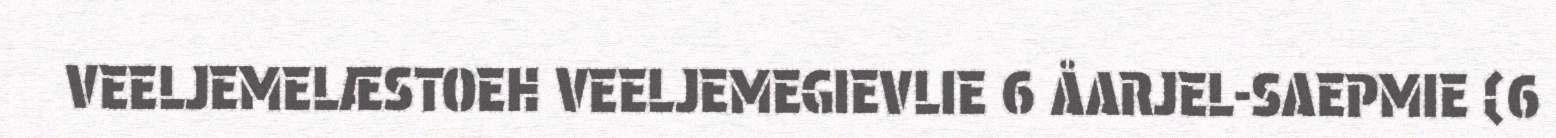
VEELJEMELÆSTOEH VEELJEMEGIEVLIE 6 ÅARJEL-SAEPMIE (6